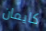
كايمان